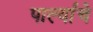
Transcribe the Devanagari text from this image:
पार्ल्याचे